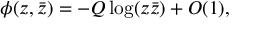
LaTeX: \phi ( z , \bar { z } ) = - Q \log ( z \bar { z } ) + O ( 1 ) , \nonumber